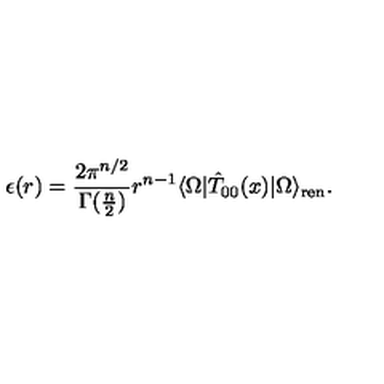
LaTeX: \epsilon ( r ) = \frac { 2 \pi ^ { n / 2 } } { \Gamma ( \frac { n } { 2 } ) } r ^ { n - 1 } \langle \Omega | \hat { T } _ { 0 0 } ( x ) | \Omega \rangle _ { \mathrm { r e n } } .